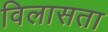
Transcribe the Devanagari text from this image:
विलासता